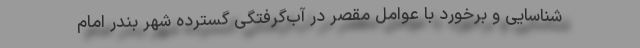
شناسایی و برخورد با عوامل مقصر در آب‌گرفتگی گسترده شهر بندر امام